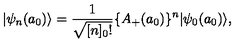
| \psi _ { n } ( a _ { 0 } ) \rangle = \frac { 1 } { \sqrt { [ n ] _ { 0 } ! } } \{ A _ { + } ( a _ { 0 } ) \} ^ { n } | \psi _ { 0 } ( a _ { 0 } ) \rangle ,